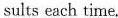
sults each time.